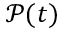
\mathcal P ( t )